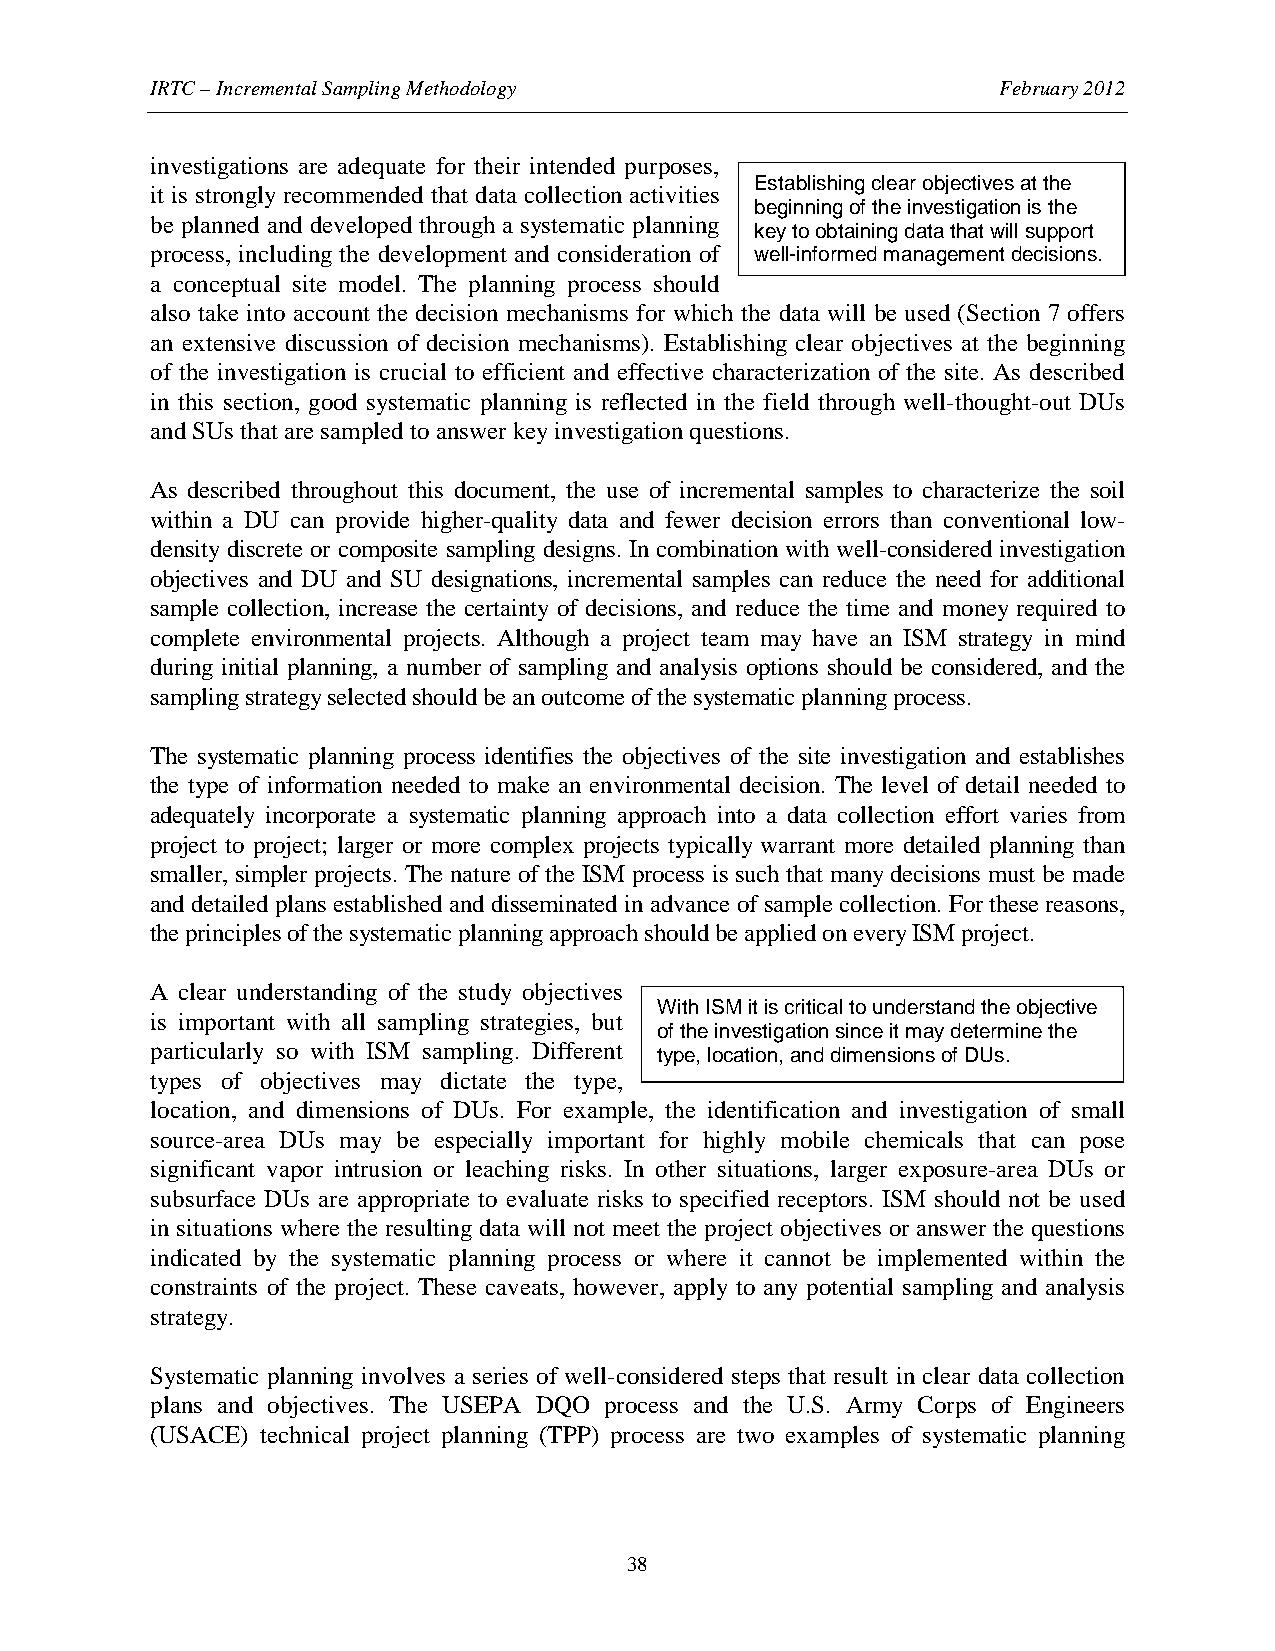
IRTC – Incremental Sampling Methodology                 February 2012
 investigations are adequate for their intended purposes,
 Establishing clear objectives at the
 it is strongly recommended that data collection activities
 beginning of the investigation is the
 be planned and developed through a systematic planning
 key to obtaining data that will support
 process, including the development and consideration of well-informed management decisions.
 a conceptual site model. The planning process should
 also take into account the decision mechanisms for which the data will be used (Section 7 offers
 an extensive discussion of decision mechanisms). Establishing clear objectives at the beginning
 of the investigation is crucial to efficient and effective characterization of the site. As described
 in this section, good systematic planning is reflected in the field through well-thought-out DUs
 and SUs that are sampled to answer key investigation questions.
 As described throughout this document, the use of incremental samples to characterize the soil
 within a DU can provide higher-quality data and fewer decision errors than conventional low-
 density discrete or composite sampling designs. In combination with well-considered investigation
 objectives and DU and SU designations, incremental samples can reduce the need for additional
 sample collection, increase the certainty of decisions, and reduce the time and money required to
 complete environmental projects. Although a project team may have an ISM strategy in mind
 during initial planning, a number of sampling and analysis options should be considered, and the
 sampling strategy selected should be an outcome of the systematic planning process.
 The systematic planning process identifies the objectives of the site investigation and establishes
 the type of information needed to make an environmental decision. The level of detail needed to
 adequately incorporate a systematic planning approach into a data collection effort varies from
 project to project; larger or more complex projects typically warrant more detailed planning than
 smaller, simpler projects. The nature of the ISM process is such that many decisions must be made
 and detailed plans established and disseminated in advance of sample collection. For these reasons,
 the principles of the systematic planning approach should be applied on every ISM project.
 A clear understanding of the study objectives
 With ISM it is critical to understand the objective
 is important with all sampling strategies, but
 of the investigation since it may determine the
 particularly so with ISM sampling. Different type, location, and dimensions of DUs.
 types of objectives may dictate the type,
 location, and dimensions of DUs. For example, the identification and investigation of small
 source-area DUs may be especially important for highly mobile chemicals that can pose
 significant vapor intrusion or leaching risks. In other situations, larger exposure-area DUs or
 subsurface DUs are appropriate to evaluate risks to specified receptors. ISM should not be used
 in situations where the resulting data will not meet the project objectives or answer the questions
 indicated by the systematic planning process or where it cannot be implemented within the
 constraints of the project. These caveats, however, apply to any potential sampling and analysis
 strategy.
 Systematic planning involves a series of well-considered steps that result in clear data collection
 plans and objectives. The USEPA DQO process and the U.S. Army Corps of Engineers
 (USACE) technical project planning (TPP) process are two examples of systematic planning
 38